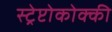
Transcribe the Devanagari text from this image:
स्ट्रेप्टोकोक्की